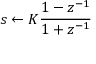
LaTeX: s \leftarrow K { \frac { 1 - z ^ { - 1 } } { 1 + z ^ { - 1 } } }